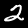
Digit: 2